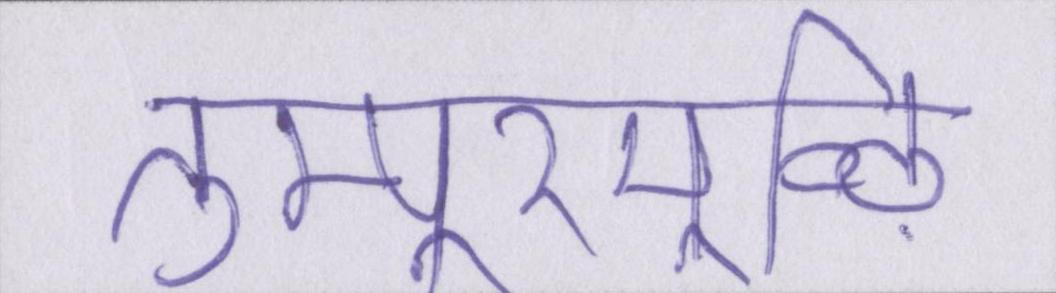
तुम्पूरमूऴि